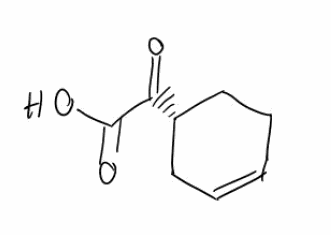
Simplified molecular-input line-entry system (SMILES) notation of the given molecule:
C1C[C@H](CC=C1)C(=O)C(=O)O